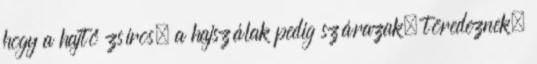
hogy a hajtő zsíros, a hajszálak pedig szárazak, töredeznek.